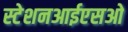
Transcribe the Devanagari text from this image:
स्टेशनआईएसओ